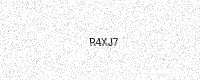
Text: R4XJ7